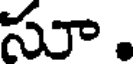
సూ.